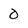
Character: 0